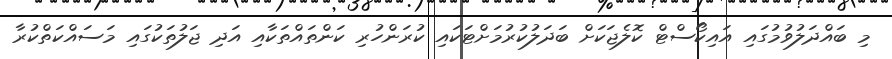
މި ބައްދަލުވުމުގައި އައިކޯސްޓް ކޮލެޖަކަށް ބަދަލުކުރުމަށްޓަކައި ކުރަންހުރި ކަންތައްތަކާއި އަދި ޖަލުތަކުގައި މަސައްކަތްކުރާ